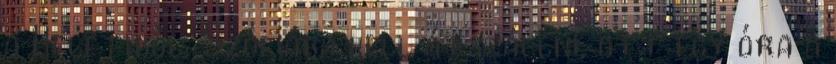
a Keletiből, Szófiába kell átszállni, ott egy óra a